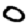
Digit: 0